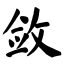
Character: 敛